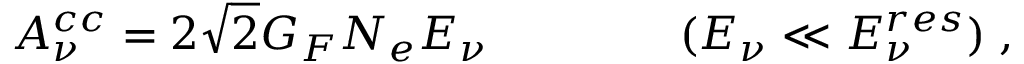
A _ { \nu } ^ { c c } = 2 \sqrt { 2 } G _ { F } N _ { e } E _ { \nu } \; \; \; \; \; \; \; \; \; \; \; \; \; \; \; ( E _ { \nu } \ll E _ { \nu } ^ { r e s } ) \; ,